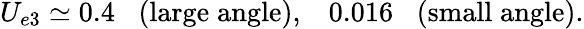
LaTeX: U_{e3}\simeq 0.4\; \; \; (\mathrm{large\; angle}),\; \; \; 0.016\; \; \; (\mathrm{small\; angle}).